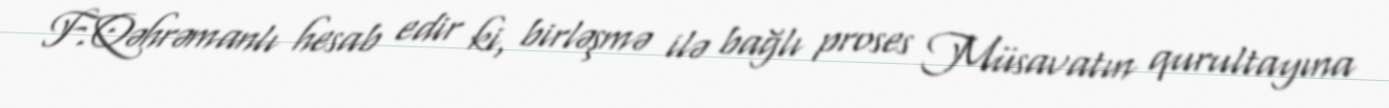
F.Qəhrəmanlı hesab edir ki, birləşmə ilə bağlı proses Müsavatın qurultayına